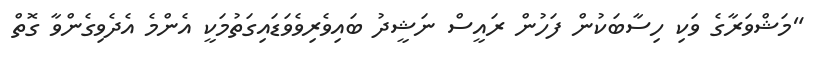
"މަޝްވަރާގެ ވަކި ހިސާބަކުން ފަހުން ރައީސް ނަޝީދު ބައިވެރިވެވަޑައިގަތުމަކީ އެންމެ އެދެވިގެންވާ ގޮތް